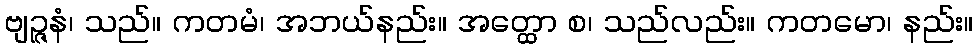
ဗျဉ္ဇနံ၊ သည်။ ကတမံ၊ အဘယ်နည်း။ အတ္ထော စ၊ သည်လည်း။ ကတမော၊ နည်း။